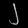
Digit: ၂